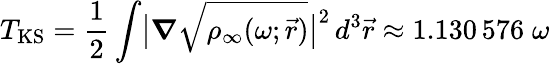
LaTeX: T_{\mathrm{{KS}}}=\frac{1}{2}\int\bigl|\boldsymbol{\nabla}\sqrt{\rho_{\infty}(\omega;\vec{r})}\bigr|^{2}\, d^{3}\vec{r}\approx 1.130\, 576\; \omega